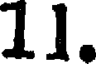
11.